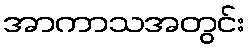
အာကာသအတွင်း